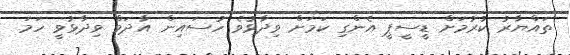
ތައްޔާރު ކުރުމަށް ޑީސީޕީ އެންގި ކަމަށް ވިދާޅުވެ ހުސައިން އާދަމް ވިދާޅުވީ ހަމަ